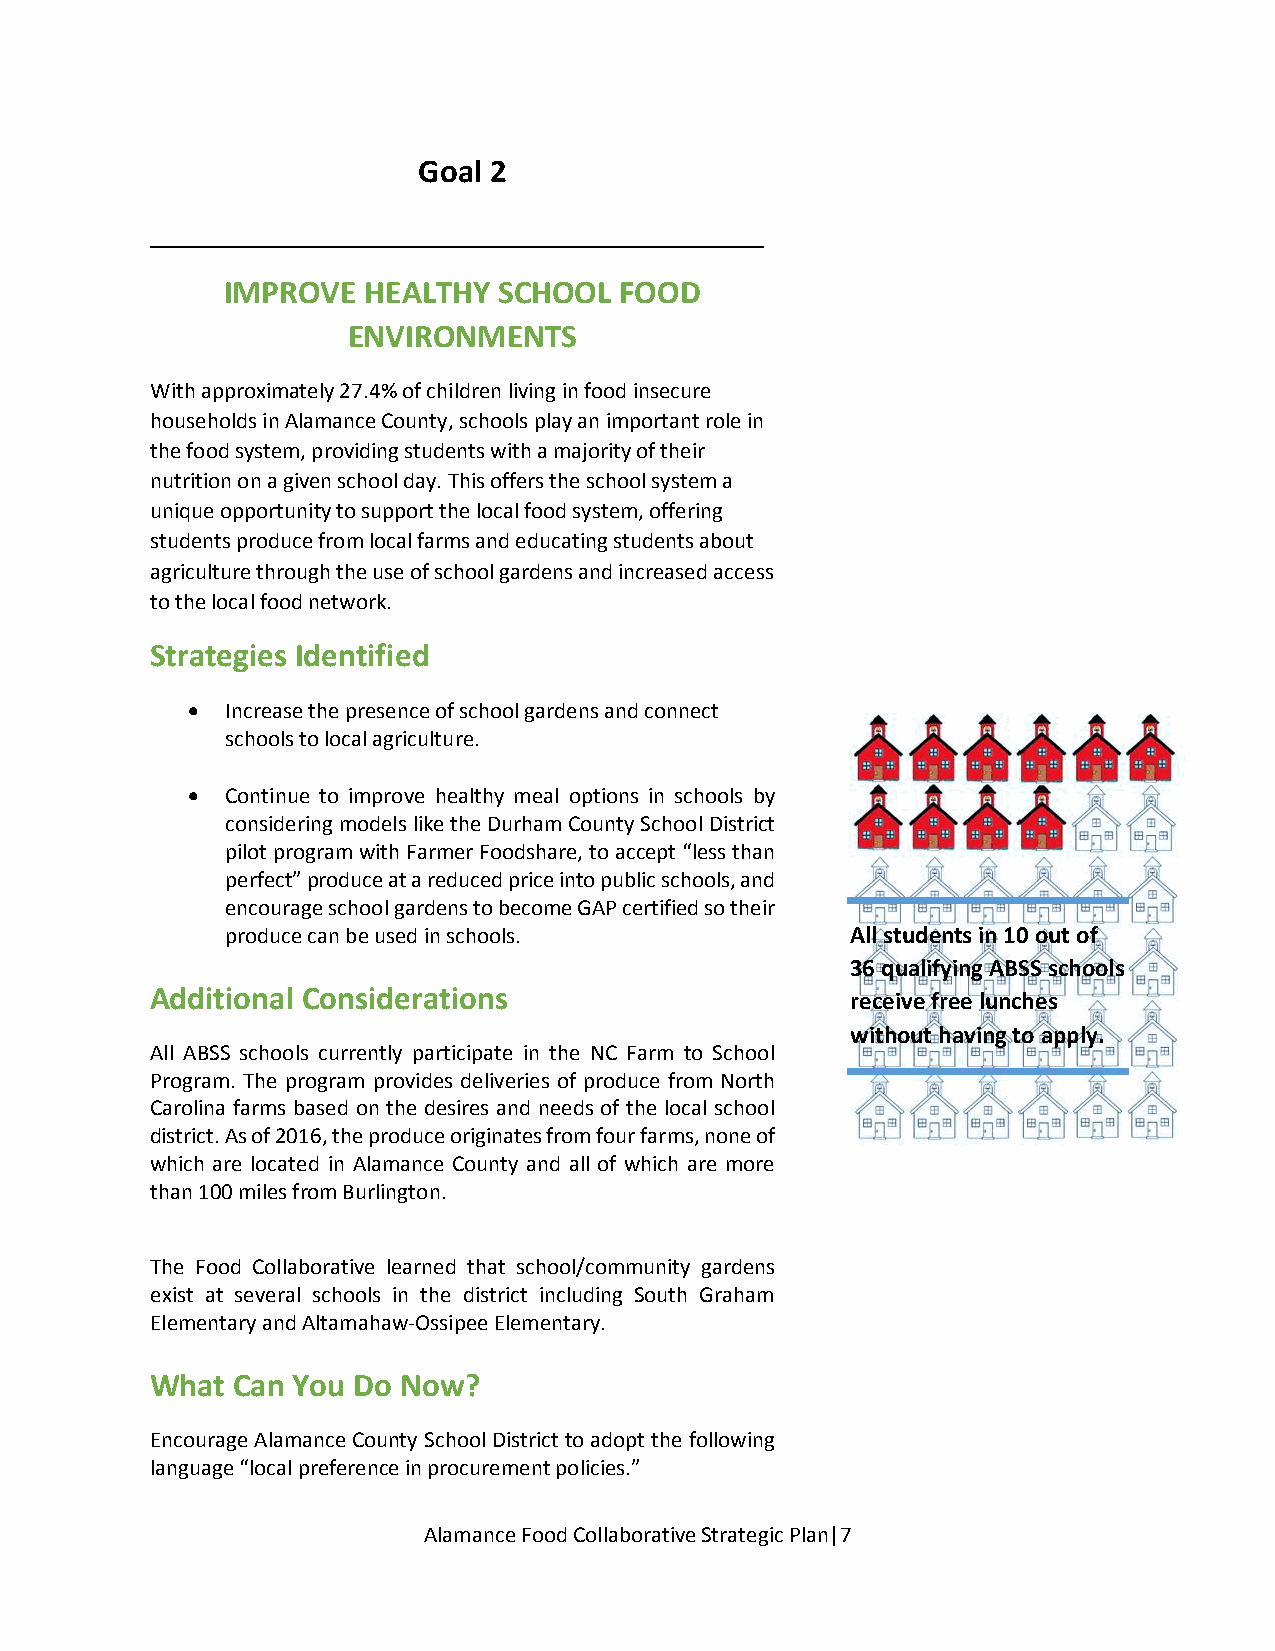
Goal 2
 _____________________________________
 IMPROVE  HEALTHY  SCHOOL  FOOD
 ENVIRONMENTS
 With approximately 27.4% of children living in food insecure
 households in Alamance County, schools play an important role in
 the food system, providing students with a majority of their
 nutrition on a given school day. This offers the school system a
 unique opportunity to support the local food system, offering
 students produce from local farms and educating students about
 agriculture through the use of school gardens and increased access
 to the local food network.
 Strategies Identified
   Increase the presence of school gardens and connect
 schools to local agriculture.
   Continue to improve healthy meal options in schools by
 considering models like the Durham County School District
 pilot program with Farmer Foodshare, to accept “less than
 perfect” produce at a reduced price into public schools, and
 encourage school gardens to become GAP certified so their
 produce can be used in schools.          All students in 10 out of
 36 qualifying ABSS schools
 Additional Considerations
 receive free lunches
 without having to apply.
 All ABSS schools currently participate in the NC Farm to School
 Program. The program provides deliveries of produce from North
 Carolina farms based on the desires and needs of the local school
 district. As of 2016, the produce originates from four farms, none of
 which are located in Alamance County and all of which are more
 than 100 miles from Burlington.
 The Food Collaborative learned that school/community gardens
 exist at several schools in the district including South Graham
 Elementary and Altamahaw-Ossipee Elementary.
 What Can You Do Now?
 Encourage Alamance County School District to adopt the following
 language “local preference in procurement policies.”
 Alamance Food Collaborative Strategic Plan|7